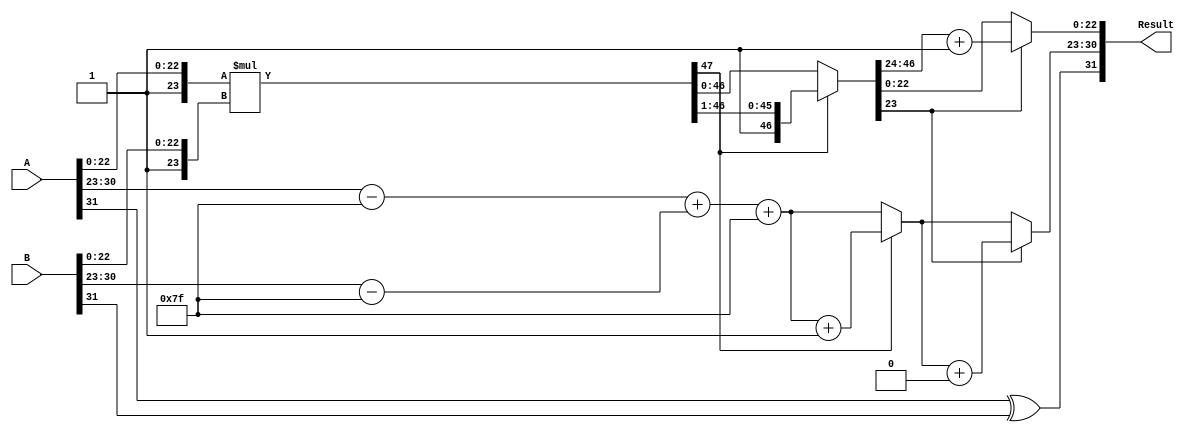
module floating_point_multiplier (
    input  wire [31:0] A, // First operand
    input  wire [31:0] B, // Second operand
    output reg  [31:0] Result // Product of A and B
);

    // Constants
    localparam BIAS = 8'd127;
    localparam MANTISSA_BITS = 23;
    localparam EXPONENT_BITS = 8;

    // Intermediate signals
    wire sign_A, sign_B;
    wire [EXPONENT_BITS-1:0] exp_A, exp_B;
    wire [MANTISSA_BITS-1:0] mant_A, mant_B;
    wire [MANTISSA_BITS:0] mant_A_ext, mant_B_ext;
    wire [47:0] mant_product; // 24 * 24 = 48 bits
    reg [EXPONENT_BITS-1:0] exp_result;
    reg sign_result;
    reg [47:0] mantissa_result;
    reg [47:0] mantissa_normalized;
    reg [EXPONENT_BITS-1:0] exp_adjusted;
    reg [MANTISSA_BITS-1:0] mantissa_final;

    // Extracting components from A
    assign sign_A = A[31];
    assign exp_A = A[30:23];
    assign mant_A = A[22:0];

    // Extracting components from B
    assign sign_B = B[31];
    assign exp_B = B[30:23];
    assign mant_B = B[22:0];

    // Extend mantissas to 24 bits (prepend leading 1)
    assign mant_A_ext = {1'b1, mant_A}; // 24 bits
    assign mant_B_ext = {1'b1, mant_B}; // 24 bits

    // Multiplying mantissas
    assign mant_product = mant_A_ext * mant_B_ext;

    // Calculate sign of the result
    always @(*) begin
        sign_result = sign_A ^ sign_B;
    end

    // Calculate exponent of the result
    always @(*) begin
        exp_result = (exp_A - BIAS) + (exp_B - BIAS) + BIAS;
    end

    // Normalization and rounding
    always @(*) begin
        if (mant_product[47]) begin // If overflow
            mantissa_normalized = mant_product >> 1; // Shift right
            exp_adjusted = exp_result + 1; // Increment exponent
        end else begin
            mantissa_normalized = mant_product; // No shift needed
            exp_adjusted = exp_result; // No adjustment
        end

        // Rounding (simple rounding)
        if (mantissa_normalized[23]) begin
            mantissa_final = mantissa_normalized[46:24] + 1; // Round up
            exp_adjusted = exp_adjusted + (mantissa_final[23] ? 1 : 0); // Adjust exponent if overflow
            mantissa_final = mantissa_final[22:0]; // Keep only 23 bits
        end else begin
            mantissa_final = mantissa_normalized[22:0]; // Truncate to 23 bits
        end
    end

    // Assemble final result
    always @(*) begin
        Result = {sign_result, exp_adjusted, mantissa_final};
    end

endmodule